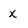
Character: x